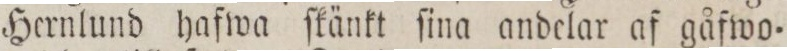
Hernlund hafwa ſkänkt ſina andelar af gåfwo=